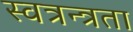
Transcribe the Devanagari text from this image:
स्वत्रन्त्रता